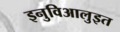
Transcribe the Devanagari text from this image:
इनुविआलुइत